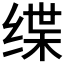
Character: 𫄬